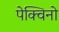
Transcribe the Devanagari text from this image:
पेक्विनो